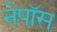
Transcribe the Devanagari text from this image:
नेपॉस